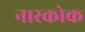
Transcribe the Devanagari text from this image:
नारकोक